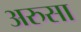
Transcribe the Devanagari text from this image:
अरुसा